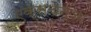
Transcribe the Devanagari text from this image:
एक्सचेन्जों